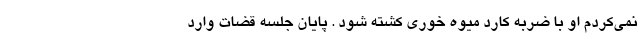
نمی‌کردم او با ضربه کارد میوه خوری کشته شود . پایان جلسه قضات وارد